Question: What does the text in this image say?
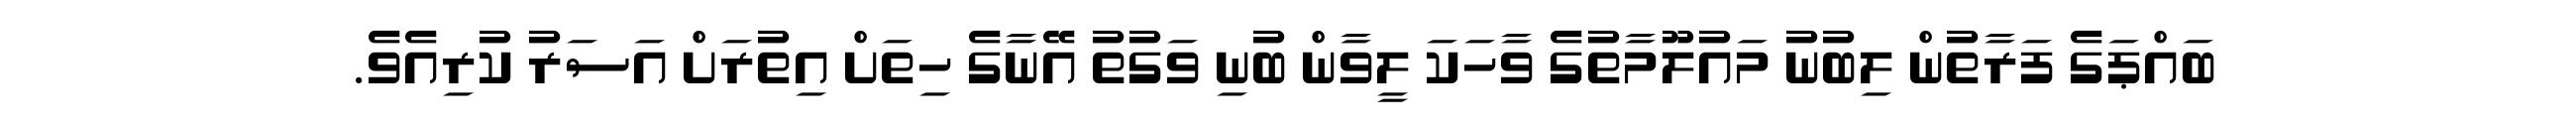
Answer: ބައްޕަގެ ފަރާތުން ލިބުނު މައުލޫމާތުގެ ވާހަކަ ލީވާން ބުނި ވަގުތު އޭނާގެ ހިތަށް އިތުރަށް އަސަރު ކުރިއެވެ.